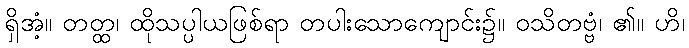
ရှိအံ့။ တတ္ထ၊ ထိုသပ္ပါယဖြစ်ရာ တပါးသောကျောင်း၌။ ဝသိတဗ္ဗံ၊ ၏။ ဟိ၊